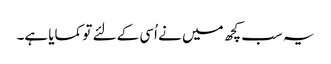
یہ سب کچھ میں نے اُسی کے لئے تو کمایا ہے۔